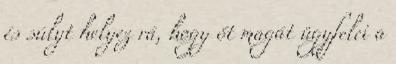
és súlyt helyez rá, hogy őt magát ügyfelei a